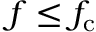
f \leq f _ { \mathrm { c } }